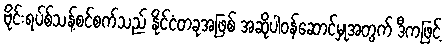
ဗိုင်းရပ်စ်သန့်စင်စက်သည် နိုင်ငံတခုအဖြစ် အဆိုပါဝန်ဆောင်မှုအတွက် ဒီကဖြင့်